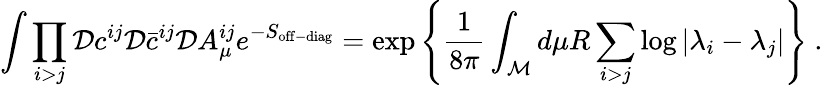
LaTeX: \int\prod_{i>j}{\cal D}c^{ij}{\cal D}\bar{c}^{ij}{\cal D}A_{\mu}^{ij}e^{-S_{\mathrm{off-diag}}}=\exp\left\{ {\frac{1}{8\pi}}\int_{\cal M}d\mu R\sum_{i>j}\log|\lambda_{i}-\lambda_{j}|\right\} ~.